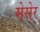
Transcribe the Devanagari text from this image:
मेसेर